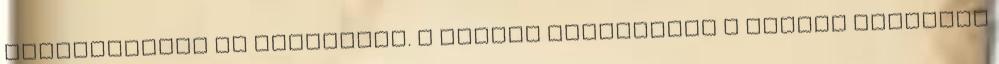
megtekintése is szerepelt. A szüret helyszínén a Mátrai Egyesült